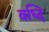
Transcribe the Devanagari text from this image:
वध्दि